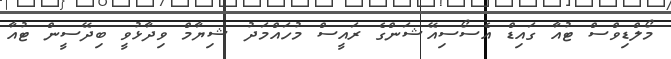
މޯލްޑިވްސް ޓުއާ ގައިޑް އެސޯސިއޭޝަންގެ ރައީސް މުހައްމަދު ޝިޔާމް ވިދާޅުވީ ބިދޭސީން ޓުއާ